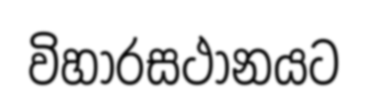
විහාරසථානයට